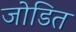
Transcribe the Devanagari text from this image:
जोडित